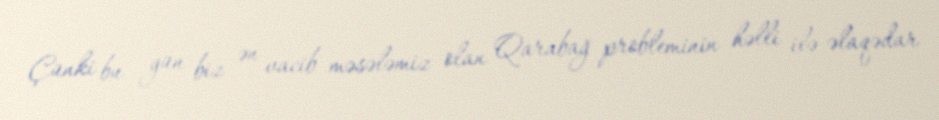
Çünki bu gün biz ən vacib məsələmiz olan Qarabağ probleminin həlli ilə əlaqədar